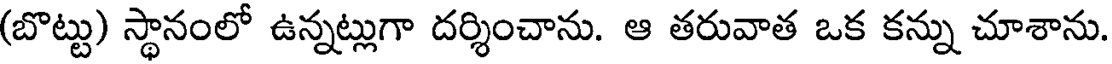
(బొట్టు) స్థానంలో ఉన్నట్లుగా దర్శించాను. ఆ తరువాత ఒక కన్ను చూశాను.